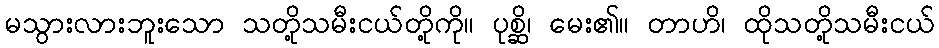
မသွားလားဘူးသော သတို့သမီးငယ်တို့ကို။ ပုစ္ဆိ၊ မေး၏။ တာဟိ၊ ထိုသတို့သမီးငယ်